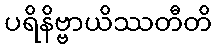
ပရိနိဗ္ဗာယိဿတီတိ